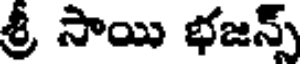
శ్రీ సాయి భజన్స్